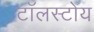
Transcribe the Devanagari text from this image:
टॉलस्टोय